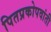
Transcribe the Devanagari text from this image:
पितप्रकोपवांती